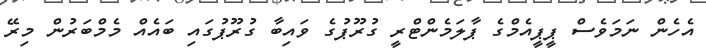
އެހެން ނަމަވެސް ޕީޕީއެމްގެ ޕާލަމެންޓްރީ ގުރޫޕުގެ ވައިބާ ގުރޫޕުގައި ބައެއް މެމްބަރުން މިރޭ